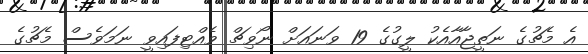
އެ މެޗުގެ ނަތީޖާއާއެކު ލީގުގެ 19 ވަނައަށް ނޯވިޗް ވެއްޓިފައިވީ ނަމަވެސް މެޗުގެ